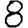
Digit: 8